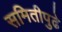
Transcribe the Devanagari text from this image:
समितीपुढे